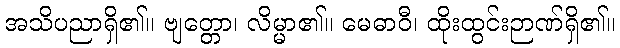
အသိပညာရှိ၏။ ဗျတ္တော၊ လိမ္မာ၏။ မေဓာဝီ၊ ထိုးထွင်းဉာဏ်ရှိ၏။